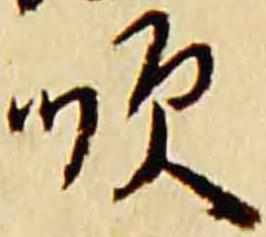
順